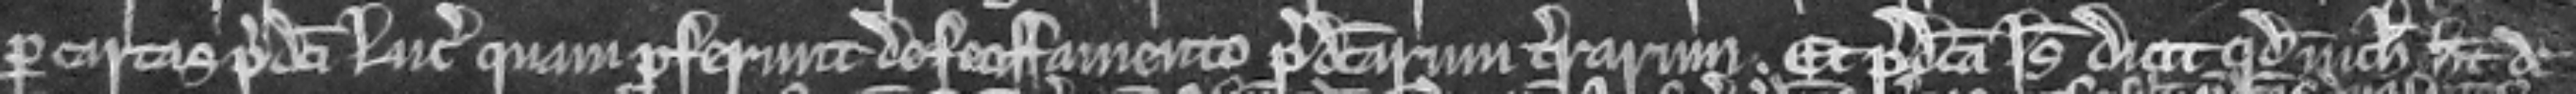
per cartas predicti Luce quam proferunt de feoffamento predictarum terrarum. Et predicta Isabella dicit quod nichil habet de